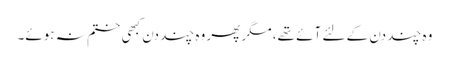
وہ چند دن کے لئے آئے تھے، مگر پھر وہ چند دن کبھی ختم نہ ہوئے۔